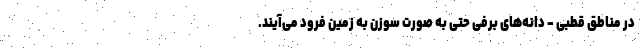
در مناطق قطبی - دانه‌های برفی حتی به صورت سوزن به زمین فرود می‌آیند.